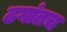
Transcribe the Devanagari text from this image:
ढगांतच